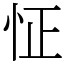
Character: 怔